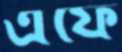
এফে